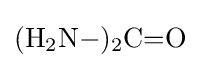
{(\mathrm {H} {\vphantom {A}}_{\smash[{t}]{2}}\mathrm {N} {-}){\vphantom {A}}_{\smash[{t}]{2}}\mathrm {C} {=}\mathrm {O} }